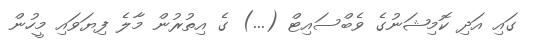
ގައި އަދި ކޮމިޝަނުގެ ވެބްސައިޓް (...) ގެ އިތުރުން މާލެ ފިޔަވައި މީހުން